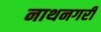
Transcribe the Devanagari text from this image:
नाथनगरी